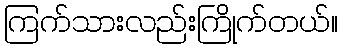
ကြက်သားလည်းကြိုက်တယ်။